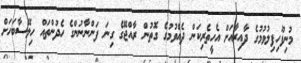
މުނިފޫހިފިލުވުމުގެ ދާއިރާއަށް އެހީތެރިކަން ދެއްވުމުގެ ގޮތުން ރާއްޖޭގެ ގިނަ ފަންނާނުންގެ ހެދުންތައް ހިލޭސާބަހަށް